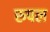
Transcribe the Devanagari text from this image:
रुपल